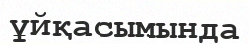
ұйқасымында